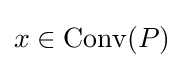
x\in \mathrm {Conv} (P)